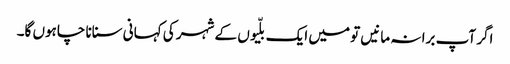
اگر آپ برا نہ مانیں تو میں ایک بلّیوں کے شہر کی کہانی سنانا چاہوں گا۔